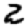
Digit: 2